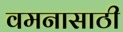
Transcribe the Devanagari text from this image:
वमनासाठी